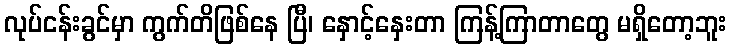
လုပ်ငန်းခွင်မှာ ကွက်တိဖြစ်နေ ပြီ၊ နှောင့်နှေးတာ ကြန့်ကြာတာတွေ မရှိတော့ဘူး